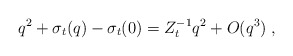
\begin{align*}q^2 + \sigma_t ( q) - \sigma_t ( 0 ) = Z_t^{-1} q^2 + O ( q^3) \; , \end{align*}